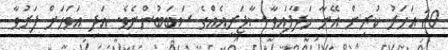
10 އަހަރު ކުރިން އޭނާ ހަދާފައިވާ ސާޖަރީއެއްގެ ސަބަބުންނެވެ. އަދި އަވަހަށް ފަރުވާ